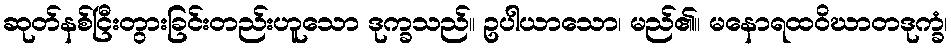
ဆုတ်နစ်ငြီးတွားခြင်းတည်းဟူသော ဒုက္ခသည်။ ဥပါယာသော၊ မည်၏။ မနောရထဝိဃာတဒုက္ခံ၊